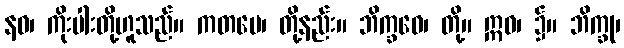
နဝ၊ ကိုးပါးတို့ဟူသည်။ ကတမေ၊ တို့နည်း။ ဘိက္ခဝေ၊ တို့။ ဣဓ၊ ၌။ ဘိက္ခု၊